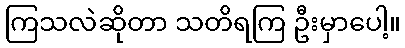
ကြသလဲဆိုတာ သတိရကြ ဦးမှာပေါ့။